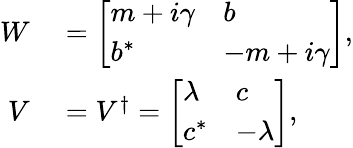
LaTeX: \begin{array}{rl}{W}&{{}=\left[\begin{array}{ll}{m+i\gamma}&{b}\\ {b^{*}}&{-m+i\gamma}\end{array}\right],}\\ {V}&{{}=V^{\dagger}=\left[\begin{array}{ll}{\lambda}&{c}\\ {c^{*}}&{-\lambda}\end{array}\right],}\end{array}